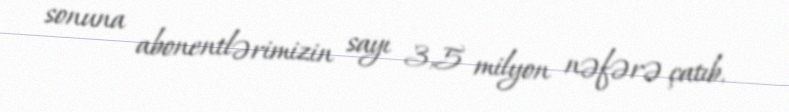
sonuna abonentlərimizin sayı 3,5 milyon nəfərə çatıb.